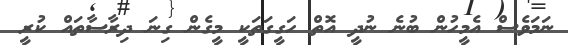
ނަމަވެސް އެމީހުން ބުނެ ނުދީ އޮތް ހަގީގަތަކީ މީގެން ގިނަ ދިރާސާތައް ކުރީ